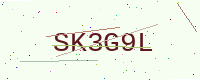
Text: SK3G9L